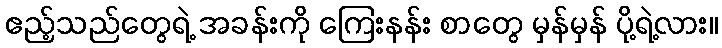
ဧည့်သည်တွေရဲ့ အခန်းကို ကြေးနန်း စာတွေ မှန်မှန် ပို့ရဲ့လား။